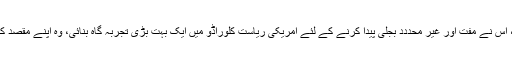
اس کے مطابق یہ پوری کائنات توانائی اور بجلی کے علاوہ کچھ بھی نہیں ، اس نے مفت اور غیر محددد بجلی پیدا کرنے کے لئے امریکی ریاست کلوراڈو میں ایک بہت بڑی تجربہ گاہ بنائی، وہ اپنے مقصد کے حصول کے قریب تھا کہ اس کی اس رصد گاہ کو آگ لگا کر جلا دیا گیا۔